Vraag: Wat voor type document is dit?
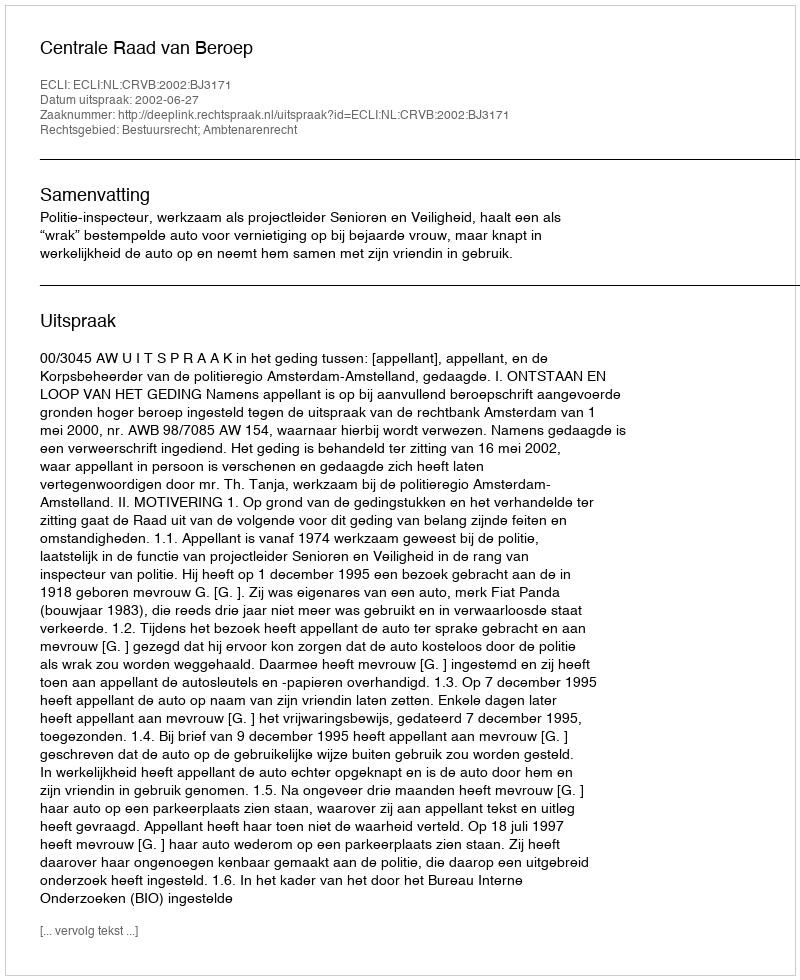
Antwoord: Uitspraak